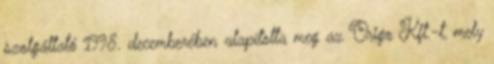
szolgáltató 1998. decemberében alapította meg az Origo Kft.-t, mely